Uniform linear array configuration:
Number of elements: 48
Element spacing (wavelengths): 1
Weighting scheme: uniform
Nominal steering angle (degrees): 45
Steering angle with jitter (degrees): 46.147
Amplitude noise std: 0.05
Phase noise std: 0.05

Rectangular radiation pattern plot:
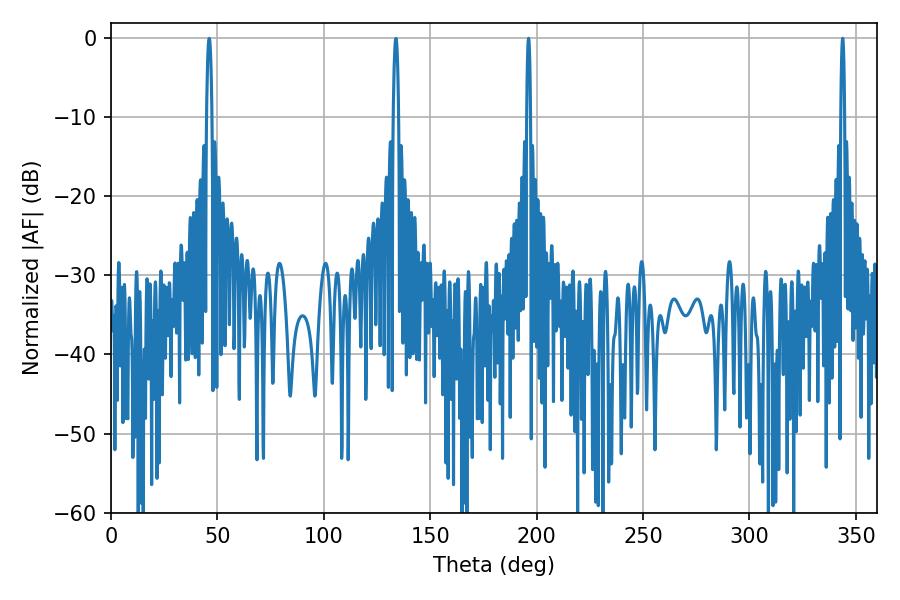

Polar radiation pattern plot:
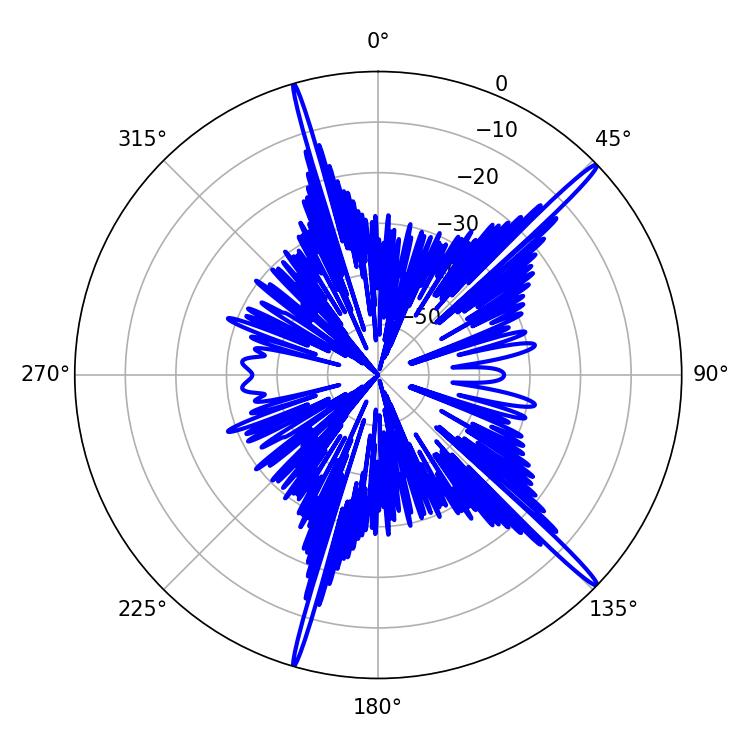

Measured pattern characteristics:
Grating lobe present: TRUE
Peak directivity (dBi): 18.086
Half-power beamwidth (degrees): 1.08
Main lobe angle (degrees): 196.2